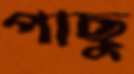
পাছু